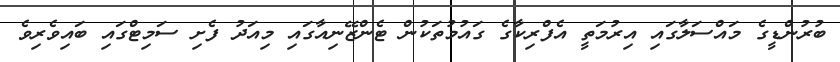
ބުރުންޑީގެ މައްސަލާގައި އިރުމަތީ އެފްރިކާގެ ގައުމުތަކުން ޓެންޒޭނިއާގައި މިއަދު ފެށި ސަމިޓްގައި ބައިވެރިވެ